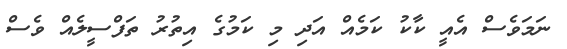
ނަަމަވެސް އެއީ ކާކު ކަމެއް އަދި މި ކަމުގެ އިތުރު ތަފްސީލެއް ވެސް